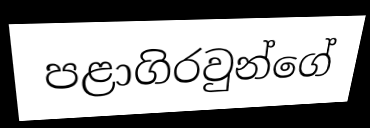
පළාගිරවුන්ගේ